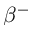
\beta ^ { - }